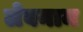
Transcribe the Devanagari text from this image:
लेबनाम